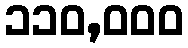
၁၁၀,၀၀၀